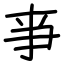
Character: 亊